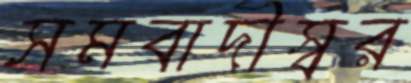
সমবাদীস্বর